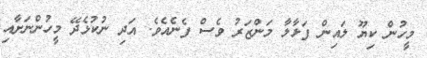
މީހުން ކިޔޫ ލައިން ފަޅާލާ މަންޒަރު ވެސް ފެނެއެވެ. އަދި ނުކުޅެދޭ މީހުންނަށާއި